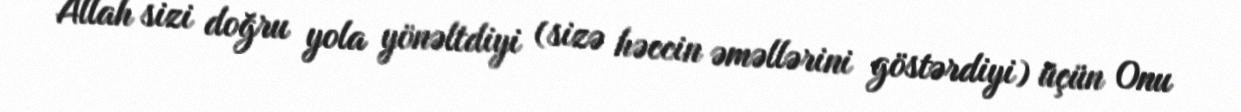
Allah sizi doğru yola yönəltdiyi (sizə həccin əməllərini göstərdiyi) üçün Onu